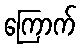
ကြောက်